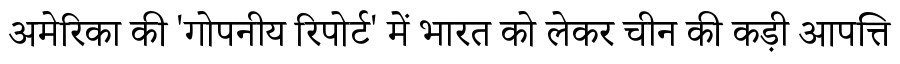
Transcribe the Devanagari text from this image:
अमेरिका की 'गोपनीय रिपोर्ट' में भारत को लेकर चीन की कड़ी आपत्ति